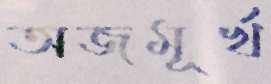
অজমূর্খ